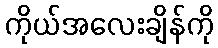
ကိုယ်အလေးချိန်ကို